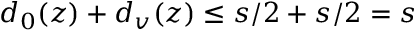
{ d _ { 0 } ( z ) + d _ { v } ( z ) \leq s / 2 + s / 2 = s }